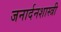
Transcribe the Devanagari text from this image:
जनार्दनशास्त्री